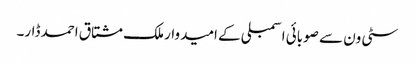
سٹی ون سے صوبائی اسمبلی کے امیدوار ملک مشتاق احمد ڈار۔